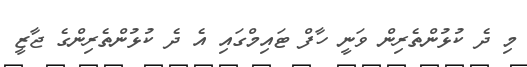
މި ދެ ކުޅުންތެރިން ވަނީ ހާފް ޓައިމްގައި އެ ދެ ކުޅުންތެރިންގެ ޖާޒީ